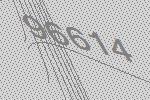
96614